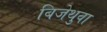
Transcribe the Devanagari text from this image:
बिजेथुवा